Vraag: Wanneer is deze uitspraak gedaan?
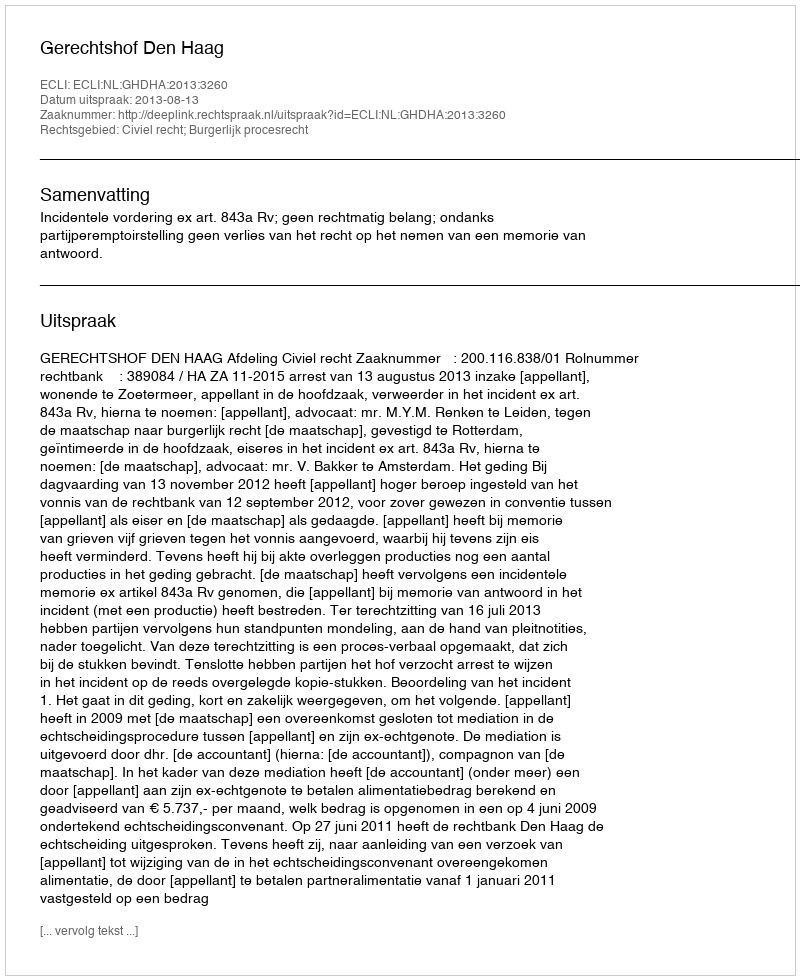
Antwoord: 2013-08-13